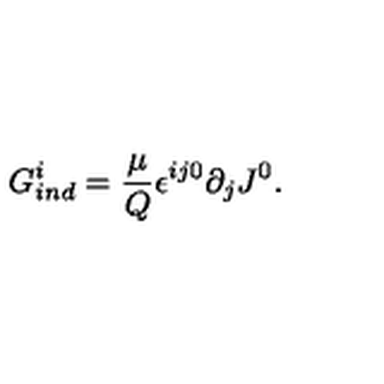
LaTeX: G _ { i n d } ^ { i } = \frac { \mu } { Q } { \epsilon } ^ { i j 0 } \partial _ { j } J ^ { 0 } .